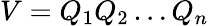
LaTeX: V=Q_{1}Q_{2}\dots Q_{n}